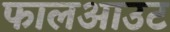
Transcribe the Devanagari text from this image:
फालआउट